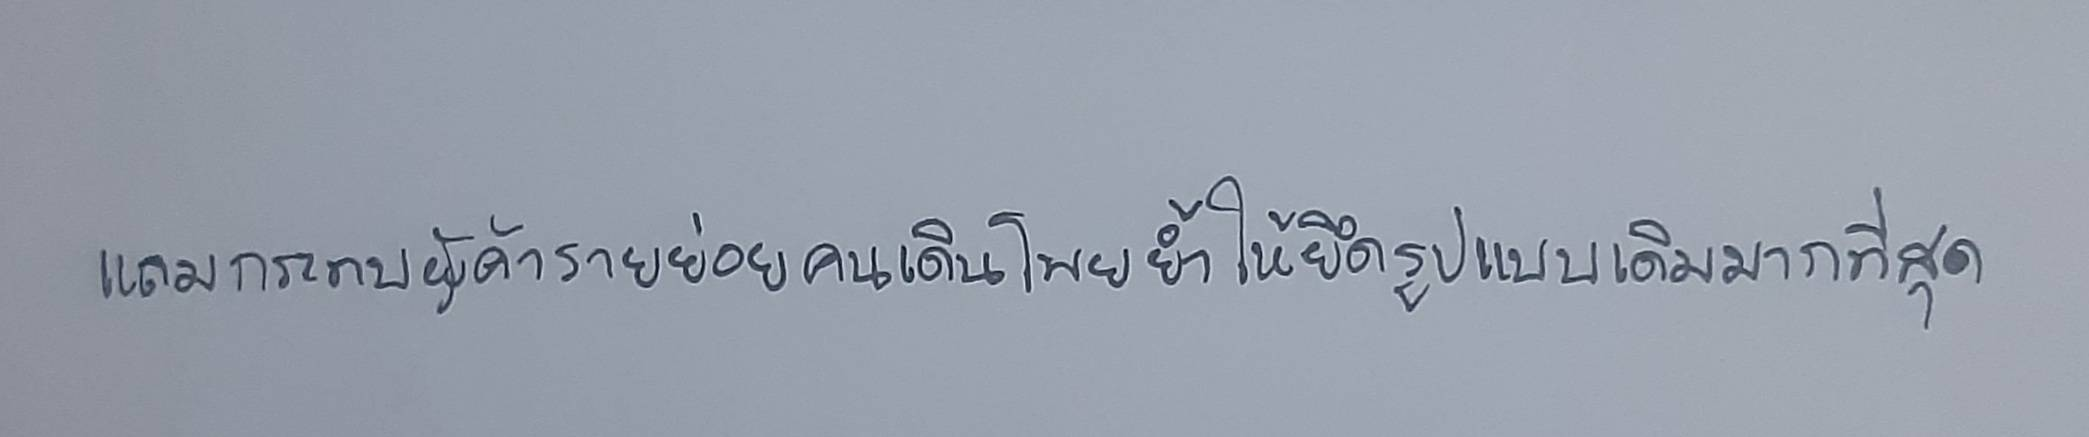
แถมกระทบผู้ค้ารายย่อยคนเดินโพยย้ำให้ยึดรูปแบบเดิมมากที่สุด